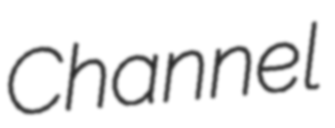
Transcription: Channel